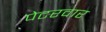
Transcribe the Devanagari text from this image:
पेटरवार